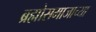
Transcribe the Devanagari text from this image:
ब्रह्मोसमाजाच्या